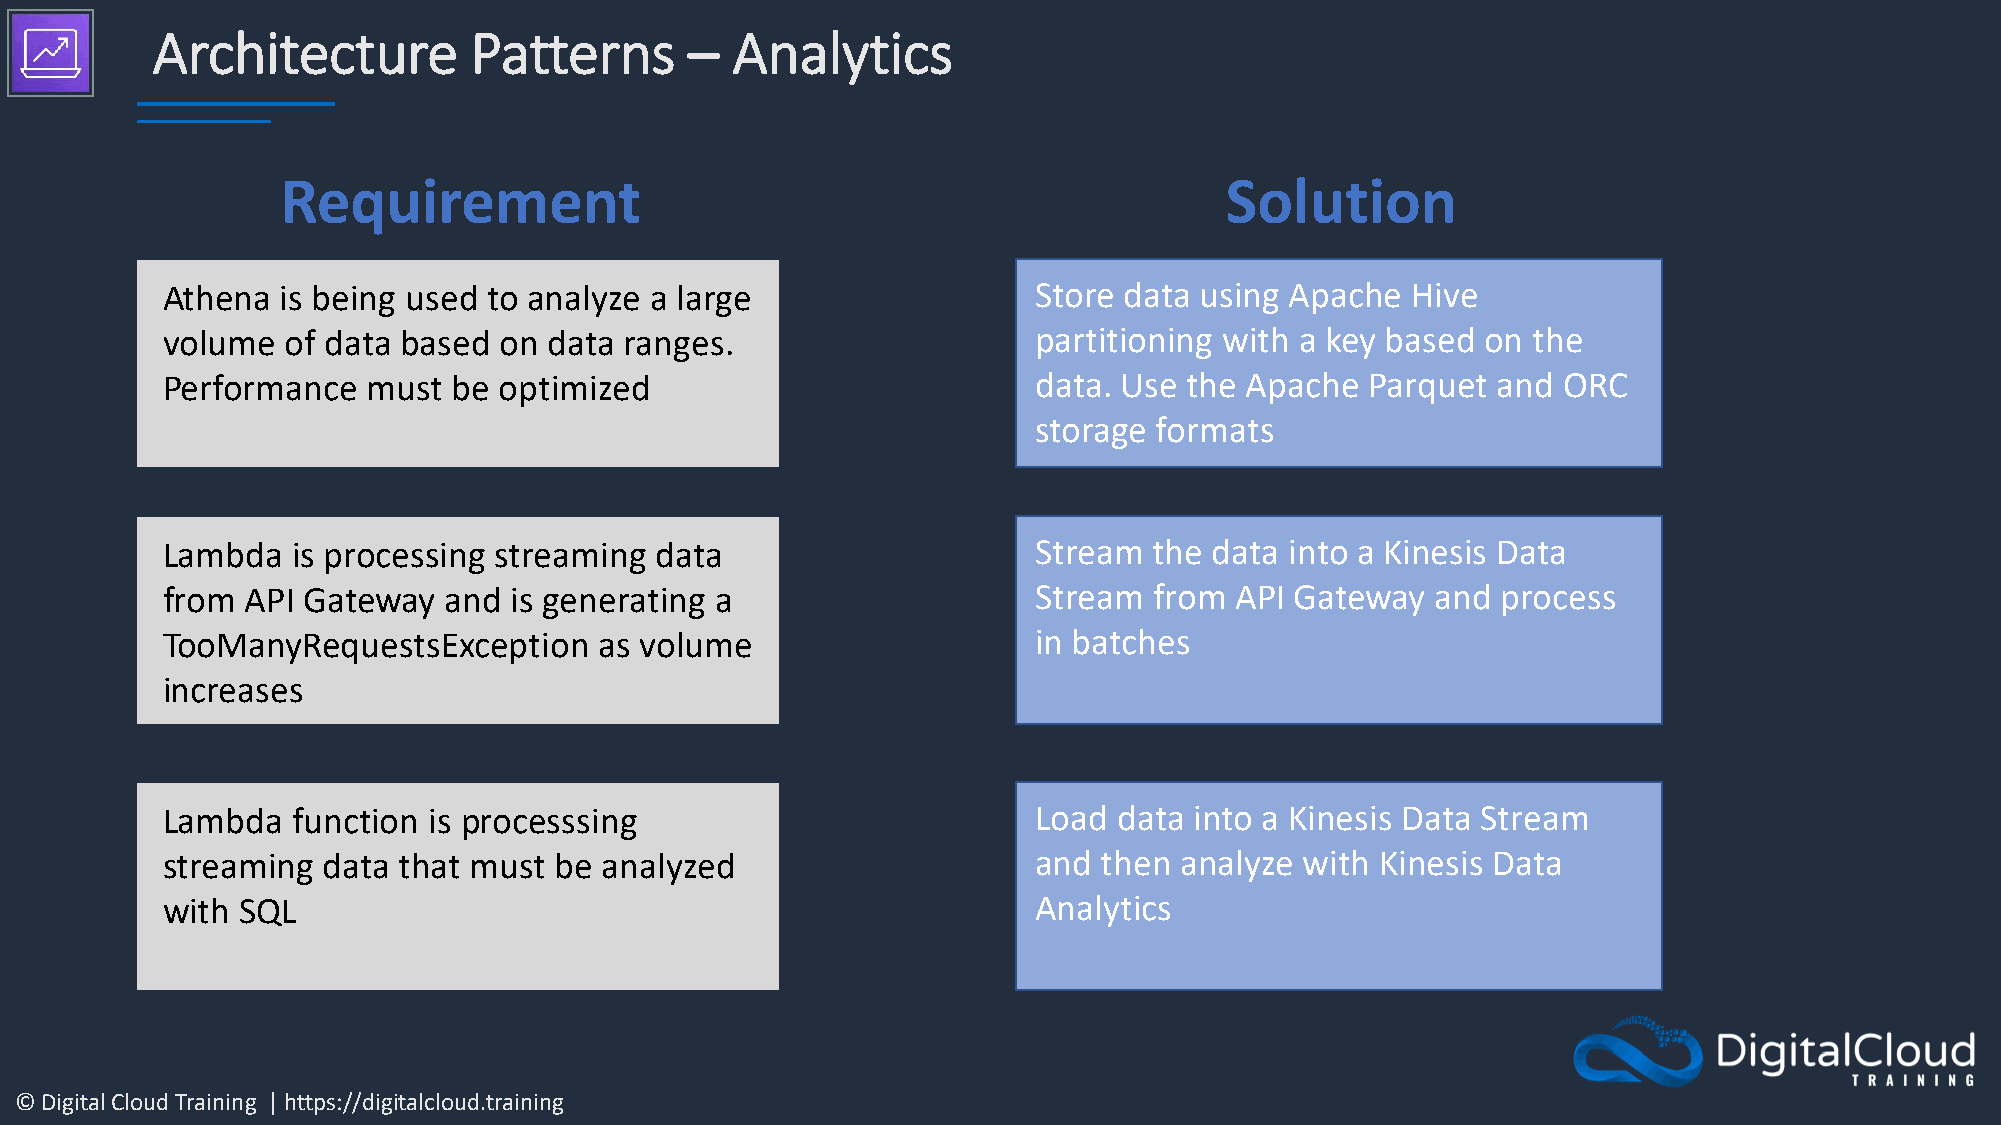
Architecture         Patterns       – Analytics
 Requirement                                                   Solution
 Athena  is being used to analyze a large                  Store data using Apache Hive
 volume  of data based on data ranges.                     partitioning with a key based on the
 Performance  must  be optimized                           data. Use the Apache  Parquet and ORC
 storage formats
 Lambda  is processing streaming data                      Stream the data into a Kinesis Data
 from API Gateway  and  is generating a                    Stream from  API Gateway  and process
 TooManyRequestsException     as volume                    in batches
 increases
 Lambda  function is processsing                           Load data into a Kinesis Data Stream
 streaming data that must  be analyzed                     and then analyze with Kinesis Data
 with SQL                                                  Analytics
 © Digital Cloud Training | https://digitalcloud.training